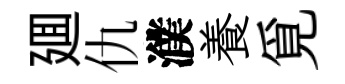
廽仇濮養覓